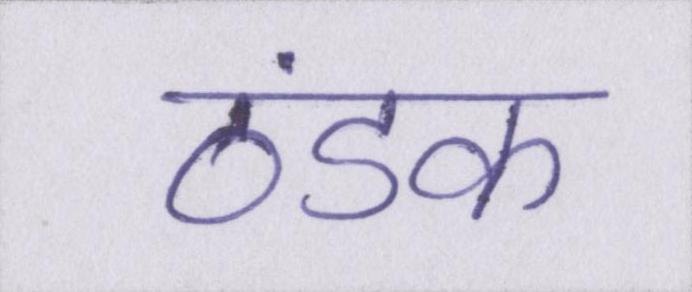
ठंडक